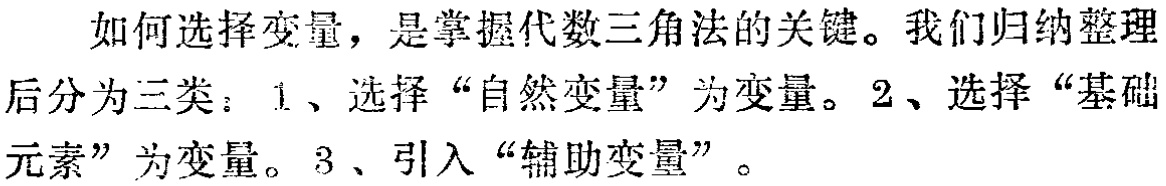
如何选择变量，是掌握代数三角法的关键。我们归纳整理后分为三类：1、选择“自然变量”为变量。2、选择“基础元素”为变量。3、引入“辅助变量”。